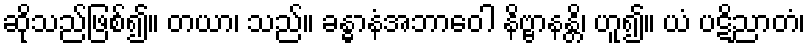
ဆိုသည်ဖြစ်၍။ တယာ၊ သည်။ ခန္ဓာနံအဘာဝေါ နိဗ္ဗာနန္တိ၊ ဟူ၍။ ယံ ပဋိညာတံ၊